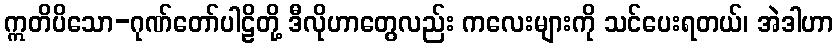
ဣတိပိသော-ဂုဏ်တော်ပါဠိတို့ ဒီလိုဟာတွေလည်း ကလေးများကို သင်ပေးရတယ်၊ အဲဒါဟာ